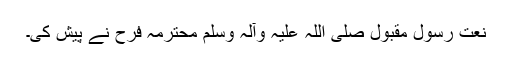
نعت رسول مقبول صلی اللہ علیہ وآلہ وسلم محترمہ فرح نے پیش کی۔